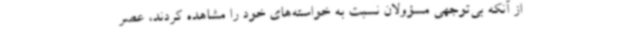
از آنکه بی‌توجهی مسؤولان نسبت به خواسته‌های خود را مشاهده کردند، عصر